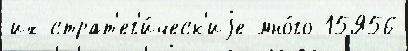
их страт'ег'и́ческ'иjе мно́го 15Я56